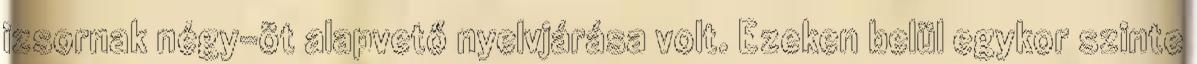
izsornak négy-öt alapvető nyelvjárása volt. Ezeken belül egykor szinte